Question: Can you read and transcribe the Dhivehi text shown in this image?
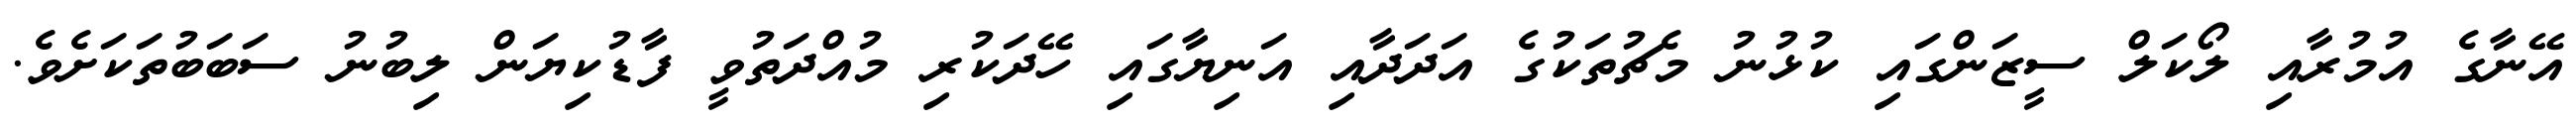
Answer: އޭނާގެ އުމުރާއި ލޯކަލް ސީޒަންގައި ކުޅުނު މެޗުތަކުގެ އަދަދާއި އަނިޔާގައި ހޭދަކުރި މުއްދަތުވީ ފާޑުކިޔަން ލިބުނު ސަބަބުތަކަށެވެ.